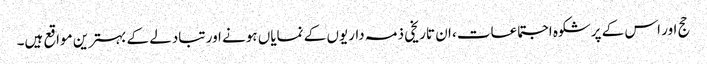
حج اور اس کے پرشکوہ اجتماعات، ان تاریخی ذمہ داریوں کے نمایاں ہونے اور تبادلے کے بہترین مواقع ہیں۔